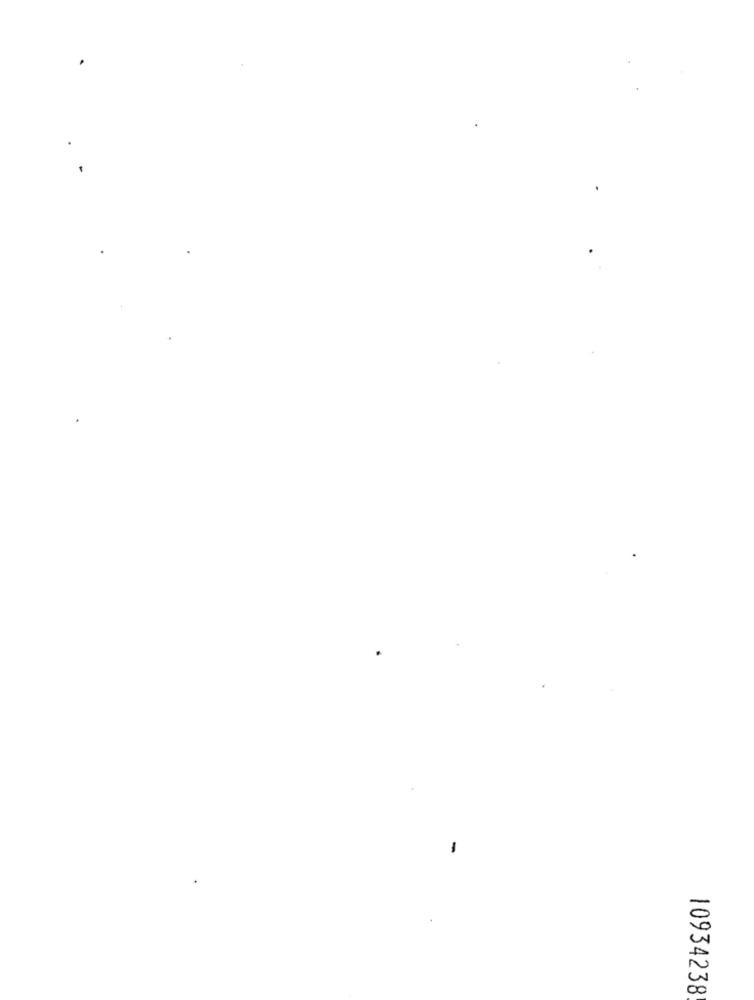
-
10934238